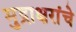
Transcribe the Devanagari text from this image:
मुद्राक्षरांचे